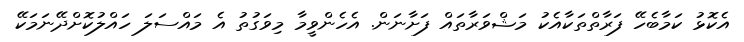
އެކޮޅު ކަމާބެހޭ ފަރާތްތަކާއެކު މަޝްވަރާތައް ފަށާނަން. އެހެންވީމާ މިވަގުތު އެ މައްސަލަ ހައްލުކޮށްދޭނަމަކޭ